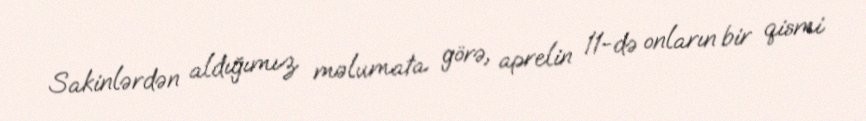
Sakinlərdən aldığımız məlumata görə, aprelin 11-də onların bir qismi